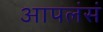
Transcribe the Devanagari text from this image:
आपलंसं